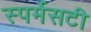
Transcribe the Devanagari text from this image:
स्पर्मेसटी